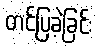
တင်ပြခဲ့ခြင်း